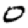
Digit: 0